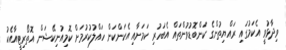
ވިދާޅުވީ އެކަމުގައި ރައްޔިތުންގެ ކަންބޮޑުވުންތައް އެބަހުރި ކަމަށާއި އެކަންކަން ހައްލުކުރުމަށް ކޮމިއުނިކޭޝަން އޮތޯރިޓީއާއެކު